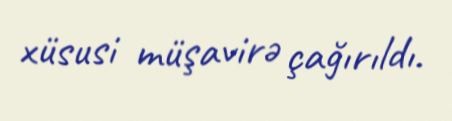
xüsusi müşavirə çağırıldı.